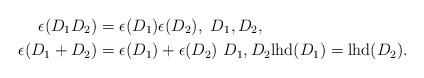
LaTeX: \begin{align*}\epsilon(D_1 D_2) &= \epsilon(D_1) \epsilon(D_2), \ D_1,D_2, \\\epsilon(D_1 + D_2) &= \epsilon(D_1) + \epsilon(D_2) \ D_1,D_2 \mathrm{lhd}(D_1) = \mathrm{lhd}(D_2).\end{align*}